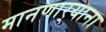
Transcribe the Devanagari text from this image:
मानणार्‍याना